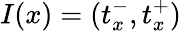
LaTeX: I(x)=(t_{x}^{-},t_{x}^{+})